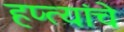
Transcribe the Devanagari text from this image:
हप्त्यांचे